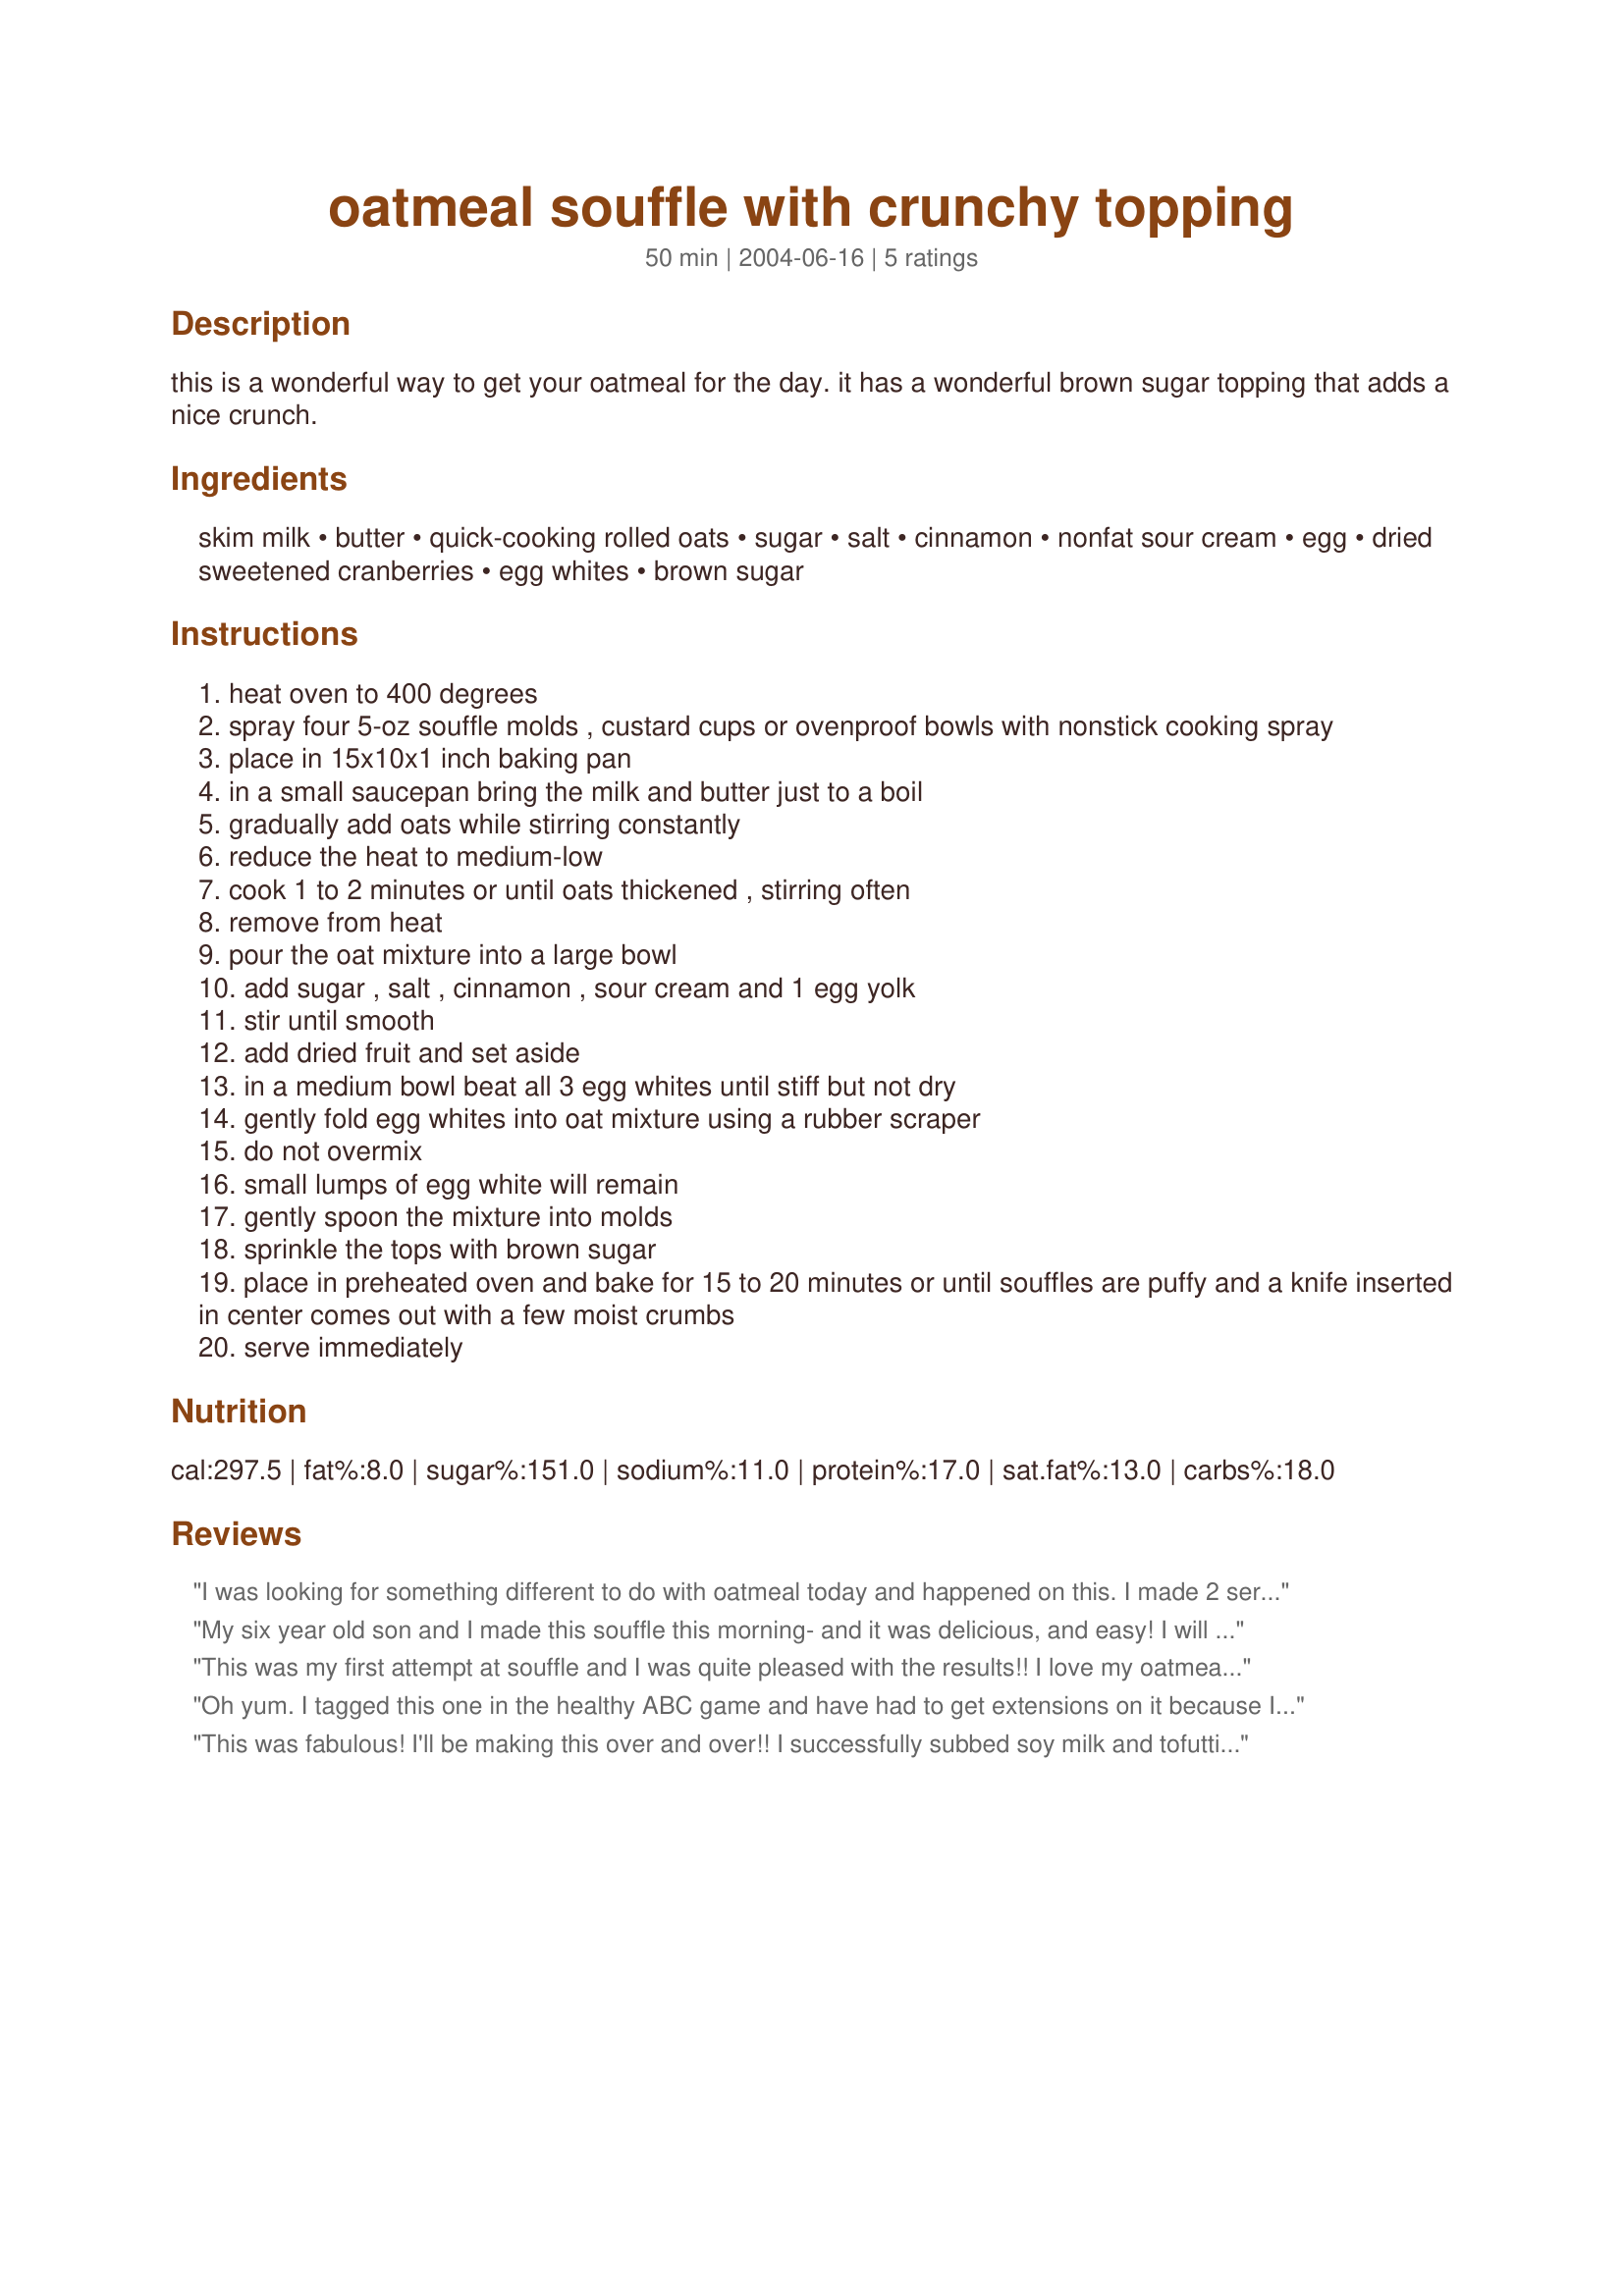
oatmeal souffle with crunchy topping
Preparation time: 50 minutes

this is a wonderful way to get your oatmeal for the day. it has a wonderful brown sugar topping that adds a nice crunch.

Ingredients:
skim milk, butter, quick-cooking rolled oats, sugar, salt, cinnamon, nonfat sour cream, egg, dried sweetened cranberries, egg whites, brown sugar

Steps:
heat oven to 400 degrees
spray four 5-oz souffle molds , custard cups or ovenproof bowls with nonstick cooking spray
place in 15x10x1 inch baking pan
in a small saucepan bring the milk and butter just to a boil
gradually add oats while stirring constantly
reduce the heat to medium-low
cook 1 to 2 minutes or until oats thickened , stirring often
remove from heat
pour the oat mixture into a large bowl
add sugar , salt , cinnamon , sour cream and 1 egg yolk
stir until smooth
add dried fruit and set aside
in a medium bowl beat all 3 egg whites until stiff but not dry
gently fold egg whites into oat mixture using a rubber scraper
do not overmix
small lumps of egg white will remain
gently spoon the mixture into molds
sprinkle the tops with brown sugar
place in preheated oven and bake for 15 to 20 minutes or until souffles are puffy and a knife inserted in center comes out with a few moist crumbs
serve immediately

Reviews:
I was looking for something different to do with oatmeal today and happened on this. I made 2 servings worth. This is absolutely wonderful and I know I'll be making it often. I made it with raisins because that's what I had on hand, but can't wait to try it with cranberries. I also used nonfat soy milk in place of the skim milk.
My six year old son and I made this souffle this morning- and it was delicious, and easy! I will definitely be making this again as a company breakfast dish.... so good!!
This was my first attempt at souffle and I was quite pleased with the results!! I love my oatmeal so I thought this would be a perfect starter for me. I found this while playing ZWT3 and enjoyed it during my "visit" to France!! I used dates and worried about it being overly sweet so went easy with my brown sugar crust - I wish I had been a bit more heavy handed with that...not so much a taste issue - the sweetness was perfect - but my cup tops did not look as pretty as PaulaG's picture. I thought this was wonderful...like a bowl of creamy milk and cookies - sooo yummy!!! I am more comfortable about souffles now...I think I had a fear of them "falling" or something (??) but there is nothing to fear here!!! - The instruction is right on! Thanks for sharing this!! This is a winner recipe!!! ***** 5 stars and MORE PLEASE!!!
Oh yum. I tagged this one in the healthy ABC game and have had to get extensions on it because I kept running out of an ingredient or I just never got a chance to make it, etc. Well, let's just say I am SO glad I finally got around to it. These were lovely. I used raisins and splenda brown. Because you use the splenda brown at half strength the tops of mine were not as pretty or as covered in brown sugar, but they were so tasty. Even my picky son enjoyed it. Both dh and I thought these tasted like rice pudding, actually. This would be lovely for a fancy brunch. Thanks Paula!
This was fabulous! I'll be making this over and over!! I successfully subbed soy milk and tofutti sour cream substitute, and canola oil for the butter. My 4 year old says this is good!!! So I say great! Thanks~
